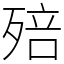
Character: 殕